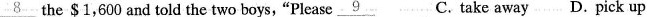
\underline{8} the $1,600 and told the two boys, "Please\underline{9} C. take away D. pick up